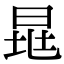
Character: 𣆷